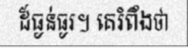
ដ៏ធ្ងន់ធ្ងរ។ គេរំពឹងថា